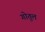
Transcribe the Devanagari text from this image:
गोतुल